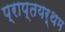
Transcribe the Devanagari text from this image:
प्राप्तयर्थम